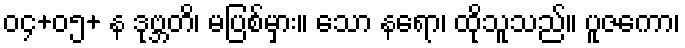
၀၄+၀၅+ န ဒုဗ္ဘတိ၊ မပြစ်မှား။ သော နရော၊ ထိုသူသည်။ ပူဇကော၊